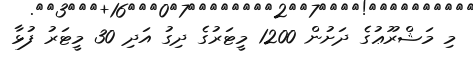
މި މަޝްރޫޢުގެ ދަށުން 1200 މީޓަރުގެ ދިގު އަދި 30 މީޓަރު ފުޅާ